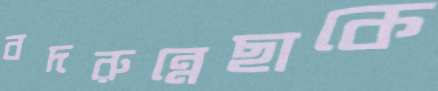
বদরুন্নেছাকে